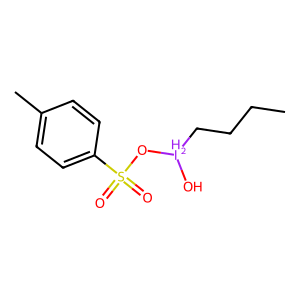
SMILES: CCCC[IH2](O)OS(=O)(=O)c1ccc(C)cc1
Inhibits HIV replication: No